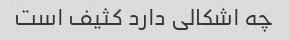
چه اشکالی دارد کثیف است